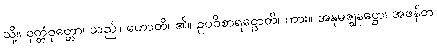
သို့။ ဝုတ္တံဝုတ္တော၊ သည်။ ဟောတိ၊ ၏။ ဥပဝိစာရဋ္ဌောတိ၊ ကား။ အနုမဇ္ဈနဋ္ဌော၊ အဖန်တ